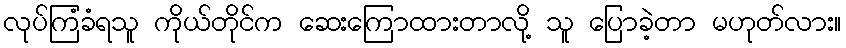
လုပ်ကြံခံရသူ ကိုယ်တိုင်က ဆေးကြောထားတာလို့ သူ ပြောခဲ့တာ မဟုတ်လား။